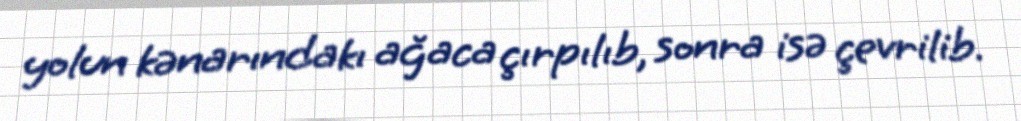
yolun kənarındakı ağaca çırpılıb, sonra isə çevrilib.